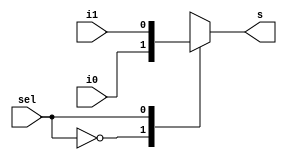
module funcao (output reg s, input i0, i1, sel);

always @(*)
	begin
		case(sel)
			1'b0 : s = i0;
			1'b1 : s = i1;
		endcase
	end
	
endmodule
module mux_case(output [17:0] LEDR, input [17:0] SW);

funcao (LEDR[0], SW[17], SW[16], SW[0]);

endmodule